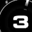
Digit: 3